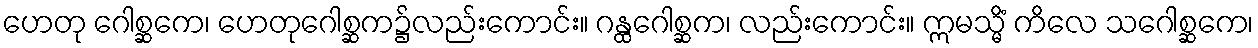
ဟေတု ဂေါစ္ဆကေ၊ ဟေတုဂေါစ္ဆက၌လည်းကောင်း။ ဂန္ထဂေါစ္ဆက၊ လည်းကောင်း။ ဣမသ္မိံ ကိလေ သဂေါစ္ဆကေ၊